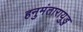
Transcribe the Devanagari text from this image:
हनुमंतारायुडु